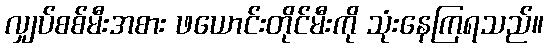
လျှပ်စစ်မီးအစား ဖယောင်းတိုင်မီးကို သုံးနေကြရသည်။